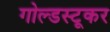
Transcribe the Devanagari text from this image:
गोल्डस्टूकर